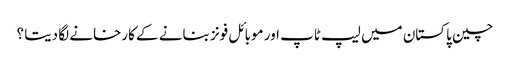
چین پاکستان میں لیپ ٹاپ اور موبائل فونز بنانے کے کارخانے لگا دیتا ؟